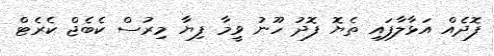
ފޮދެއް އަޅާލާފައި ތެޔޮ ފޮދު ހޫނު ވީމާ ފިޔާ މިރުސް ކެބެޖް ކެރެޓް